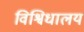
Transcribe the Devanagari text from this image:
विश्विधालय